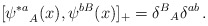
\begin{align*} [{\psi^{*a}}_{A}(x), \psi^{bB}(x)]_+ = {\delta^B}_A\delta^{ab} \, .\end{align*}